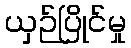
ယှဉ်ပြိုင်မှု